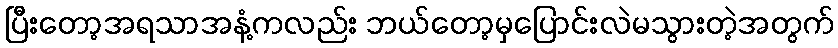
ပြီးတော့အရသာအနံ့ကလည်း ဘယ်တော့မှပြောင်းလဲမသွားတဲ့အတွက်